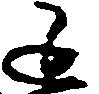
延